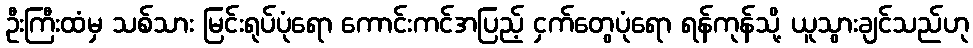
ဦးကြီးထံမှ သစ်သား မြင်းရုပ်ပုံရော ကောင်းကင်အပြည့် ငှက်တွေပုံရော ရန်ကုန်သို့ ယူသွားချင်သည်ဟု